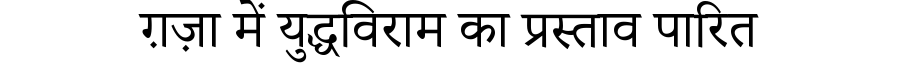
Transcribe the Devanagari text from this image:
ग़ज़ा में युद्धविराम का प्रस्ताव पारित